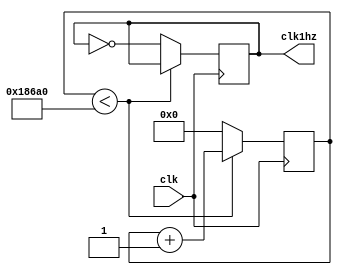
module divfreq(clk, clk1hz);
input clk;
output reg clk1hz;

reg [27:0] count;

always @ (posedge clk)begin

	if(count < 'd100_000)begin
		count = count + 1;
		end
	else begin
		count = 0;
		clk1hz = !clk1hz;
		end
end
endmodule